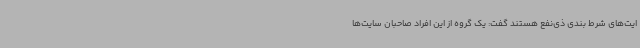
ایت‌های شرط بندی ذی‌نفع هستند گفت: یک گروه از این افراد صاحبان سایت‌ها